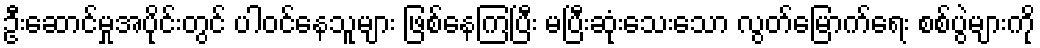
ဦးဆောင်မှုအပိုင်းတွင် ပါဝင်နေသူများ ဖြစ်နေကြပြီး မပြီးဆုံးသေးသော လွတ်မြောက်ရေး စစ်ပွဲများကို